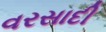
વરસાદી